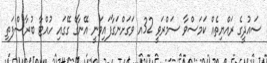
ސައުދީގެ ރައްޔިތެއް ކަމަސްވާ ސަމްރަވީ 32އ ވަގަށްނަގާފައިވަނީ އޭނާގެ ގޭގައި ހުއްޓާ ބުރާސްފަތި